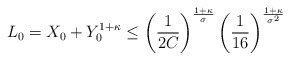
\begin{align*}L_0=X_0+Y_0^{1+\kappa}\leq \left(\frac{1}{2C}\right)^{\frac{1+\kappa}{\sigma}}\left(\frac{1}{16}\right)^{\frac{1+\kappa}{\sigma^2}}\end{align*}